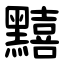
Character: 䵱